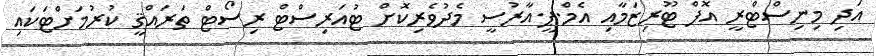
އަދި މިނިސްޓްރީ އޮފް ޓޫރިޒަމާއި އެމް.ޕީ.އާރުސީ މެދުވެރިކޮށް ޓުއަރިސްޓް ރިސޯޓް ތަރައްޤީ ކުރުމަށްޓަކައި